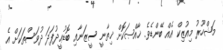
މަޝްހޫރު މިއުޒިކް އެއް ބޭންޑެވެ. ޚާއްޞަކޮށް ޚިތާނީ ސީޒަނާއި ބޮޑުޢީދުފަދަ ދުވަސްތަކަށް އެ